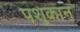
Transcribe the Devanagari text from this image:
पशुकान